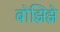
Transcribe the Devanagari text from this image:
बोझिझे